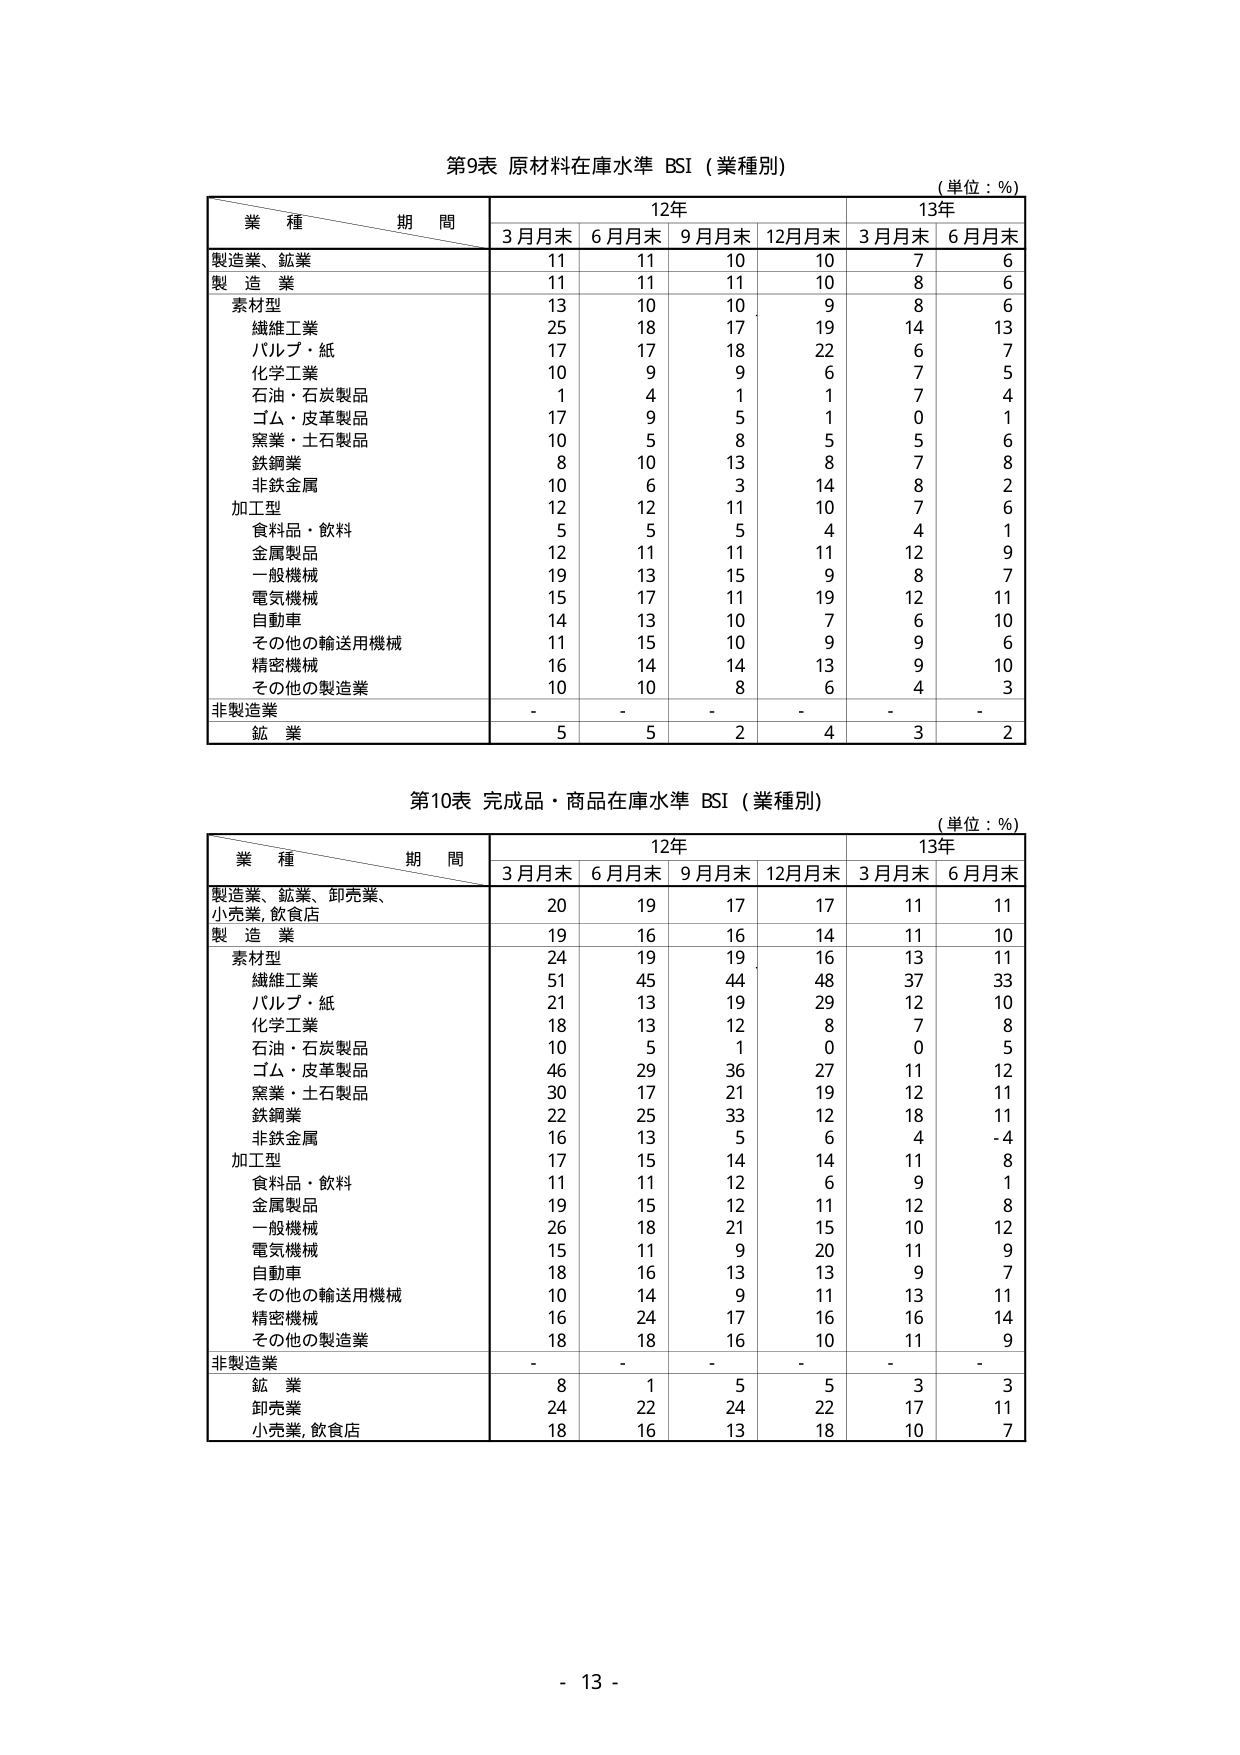
第9表 原材料在庫水準 BSI（業種別）
（単位：%）

業種 期間